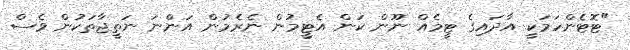
"ޓޮޓެންހަމަކީ އާދައިގެ ޓީމެއް ނޫން ކަން އެޓީމުން ނެރެމުން އަންނަ ނަތީޖާތަކުން ވެސް